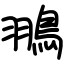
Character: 翵